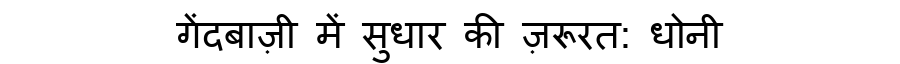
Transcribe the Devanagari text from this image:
गेंदबाज़ी में सुधार की ज़रूरत: धोनी